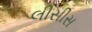
લીસીસ